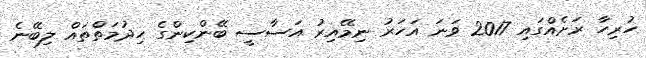
ހުރިހާ ރަށެއްގައި 2017 ވަނަ އަހަރު ނިމޭއިރު އަސާސީ ބޭންކިންގެ ހިދުމަތްތައް ލިބޭނެ